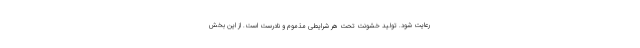
رعایت شود. تولید خشونت تحت هر شرایطی مذموم و نادرست است. از این بخش